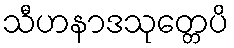
သီဟနာဒသုတ္တေပိ